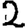
Digit: 2